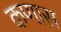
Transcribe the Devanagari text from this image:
कणास